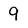
Character: 9